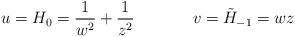
\begin{align*}u=H_{0}=\frac{1}{w^2}+\frac{1}{z^2}\, \, \, \, \, \, \, \, \, \, \, \, \, \, \, \, \, \, \, \, \, v=\tilde H _{-1}=wz\end{align*}